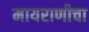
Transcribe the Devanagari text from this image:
मायराणीचा